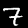
Digit: 7